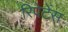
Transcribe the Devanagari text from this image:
रिपेटेंस